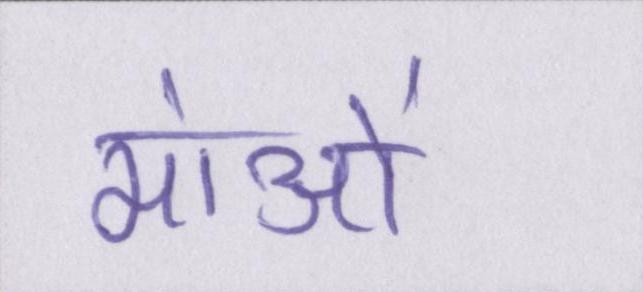
मांओं